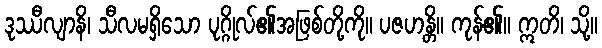
ဒုဿီလျာနိ၊ သီလမရှိသော ပုဂ္ဂိုလ်၏အဖြစ်တို့ကို။ ပဇဟန္တိ။ ကုန်၏။ ဣတိ၊ သို့။